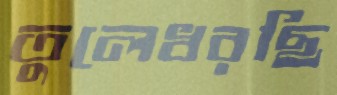
তুলেধরছি